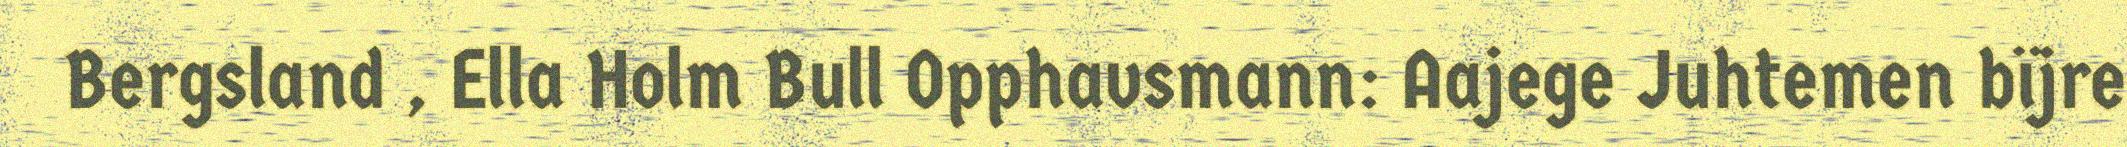
Bergsland , Ella Holm Bull Opphavsmann: Aajege Juhtemen bïjre